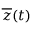
\overline { { z } } ( t )